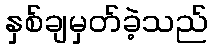
နှစ်ချမှတ်ခဲ့သည်